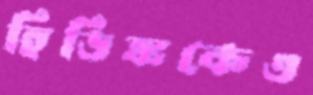
হিডিঙ্ককেও